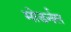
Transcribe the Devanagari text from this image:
मोडर्नस